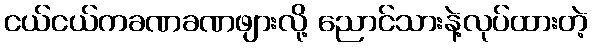
ငယ်ငယ်ကခဏခဏဖျားလို့ ညောင်သားနဲ့လုပ်ထားတဲ့